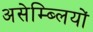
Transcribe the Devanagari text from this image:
असेम्ब्लियों